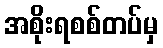
အစိုးရစစ်တပ်မှ